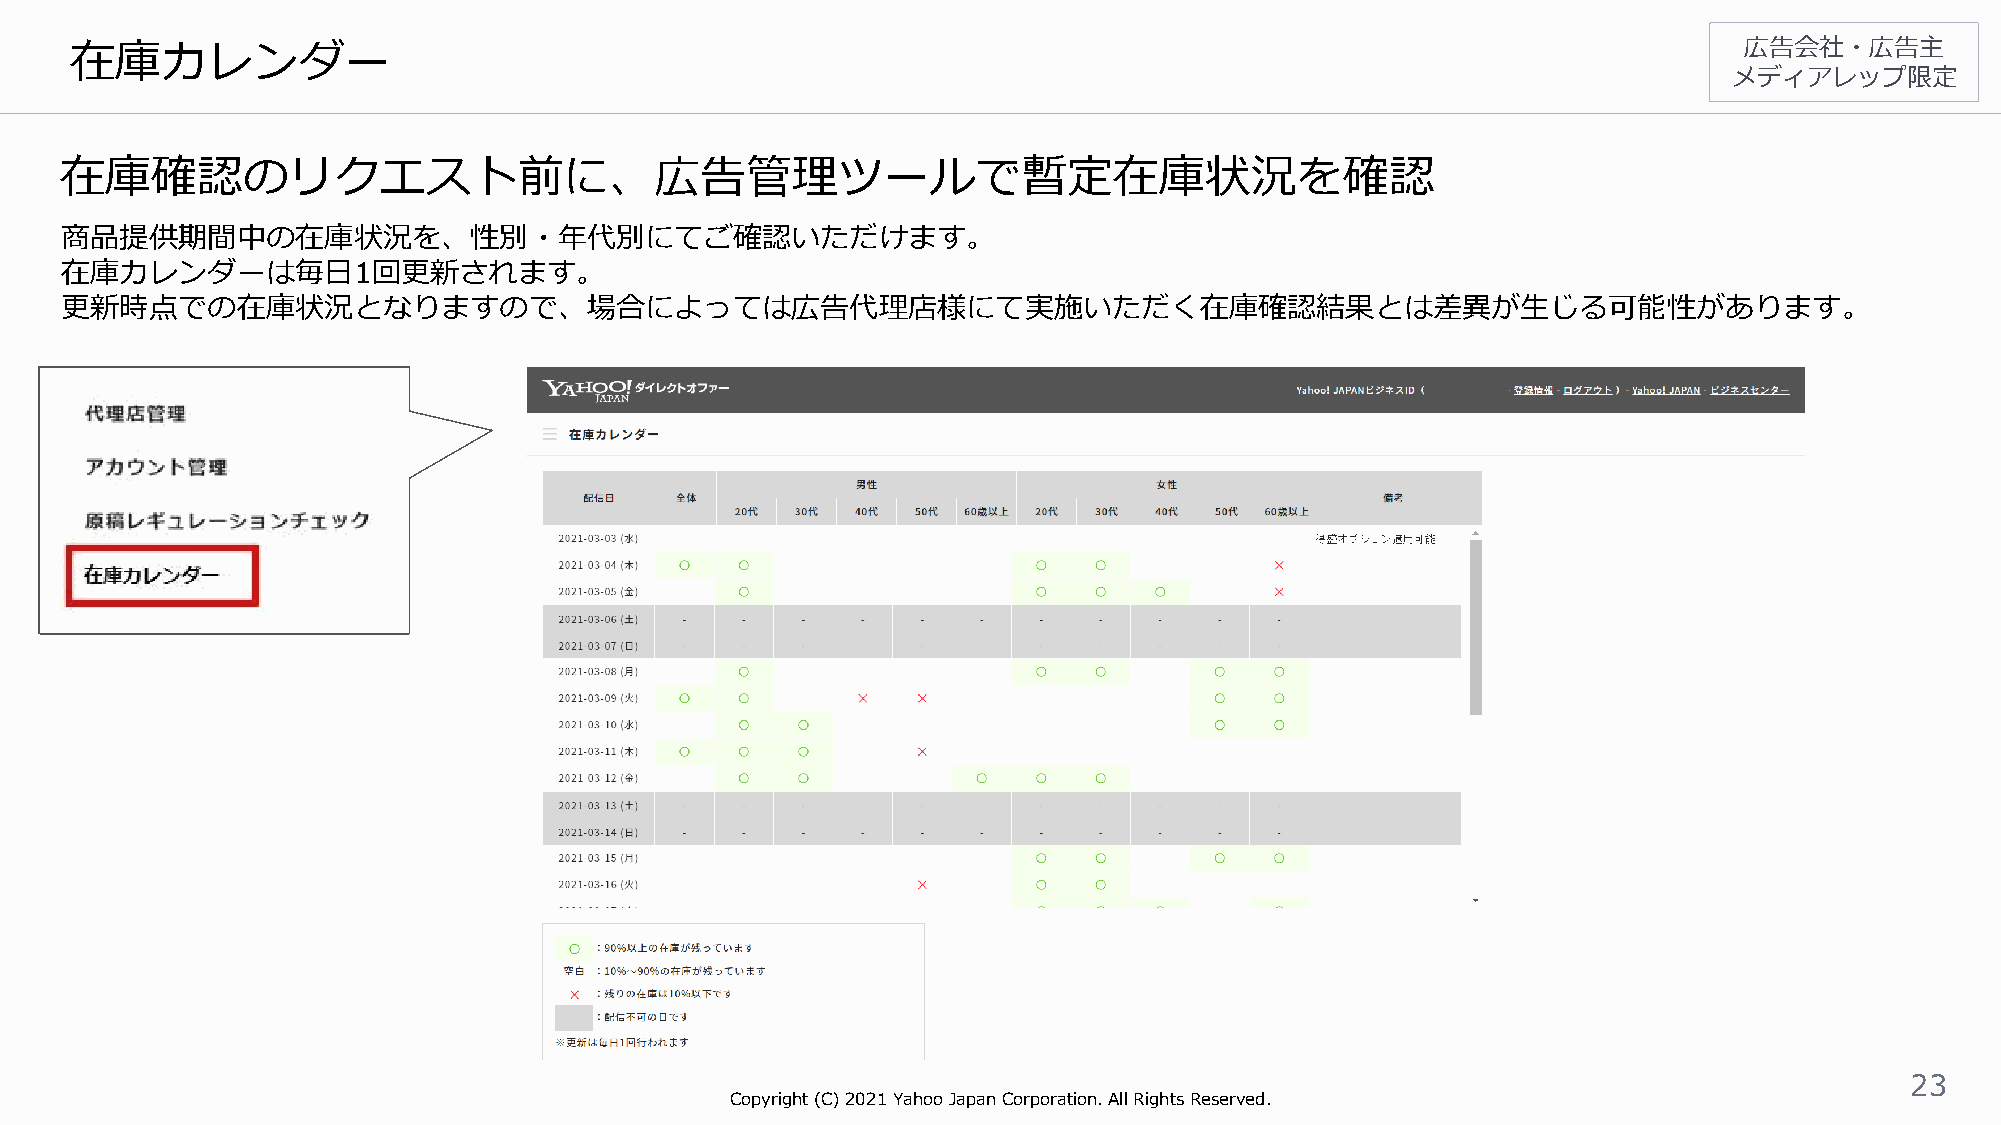
在庫カレンダー                                                                                                       広告会社・広告主
 メディアレップ限定
 在庫確認のリクエスト前に、広告管理ツールで暫定在庫状況を確認
 商品提供期間中の在庫状況を、性別・年代別にてご確認いただけます。
 在庫カレンダーは毎日1回更新されます。
 更新時点での在庫状況となりますので、場合によっては広告代理店様にて実施いただく在庫確認結果とは差異が生じる可能性があります。
 23
 Copyright (C)2021Yahoo Japan Corporation. All Rights Reserved.